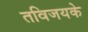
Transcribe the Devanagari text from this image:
तविजयके